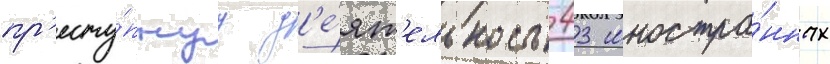
пр'есту́пнуу д'е́ят'ельность 43 иностра́нных